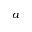
a